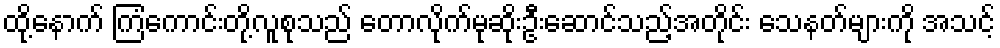
ထို့နောက် ကြံကောင်းတို့လူစုသည် တောလိုက်မုဆိုးဦးဆောင်သည့်အတိုင်း သေနတ်များကို အသင့်